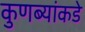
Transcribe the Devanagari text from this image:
कुणब्यांकडे